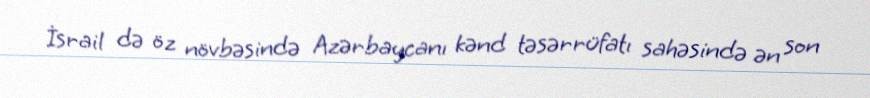
İsrail də öz növbəsində Azərbaycanı kənd təsərrüfatı sahəsində ən son